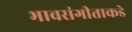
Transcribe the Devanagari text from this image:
भावसंगीताकडे